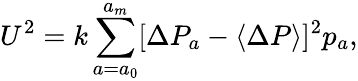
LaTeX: U^{2}=k\sum_{a=a_{0}}^{a_{m}}[\Delta P_{a}-\langle\Delta P\rangle]^{2}p_{a},